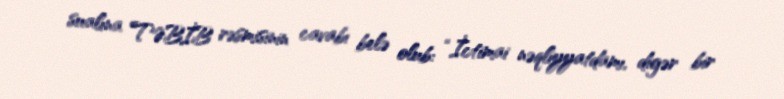
sualına TƏBİB rəsmisinin cavabı belə olub: “İctimai nəqliyyatdamı, digər bir